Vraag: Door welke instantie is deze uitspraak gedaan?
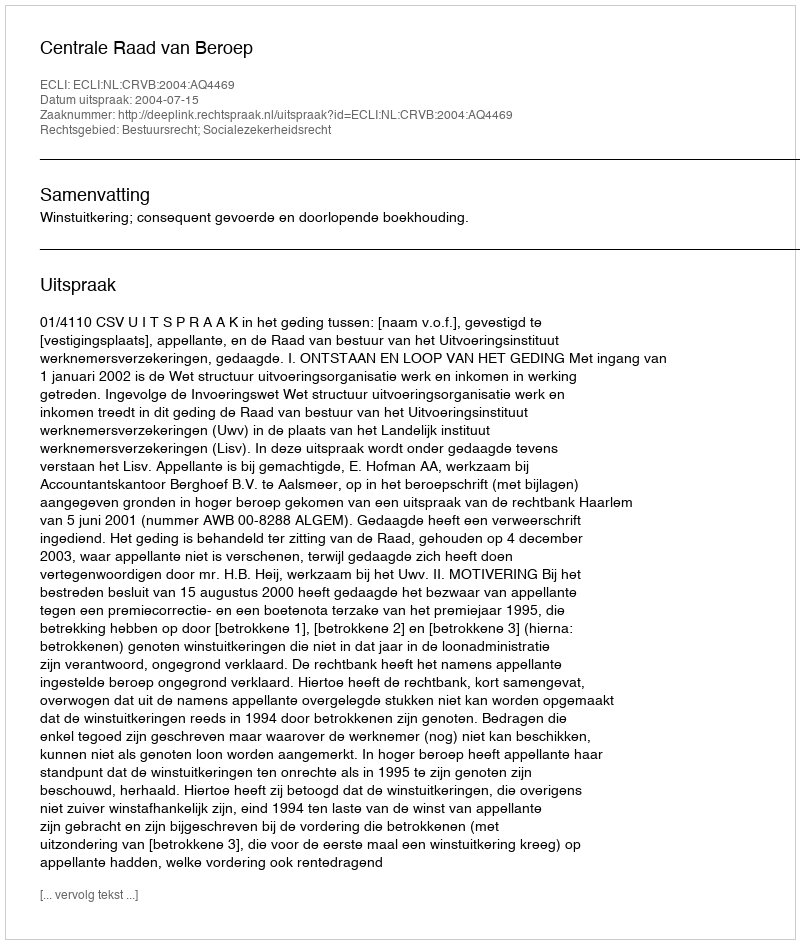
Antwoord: Centrale Raad van Beroep